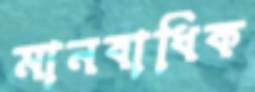
মানবাধিক